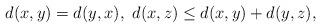
LaTeX: \begin{align*}d(x,y)=d(y,x),\ d(x,z)\le d(x,y)+d(y,z),\end{align*}